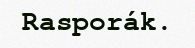
Rasporák.